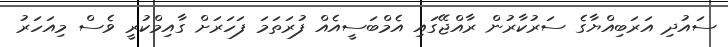
ސައުދި އަރަބިއްޔާގެ ސަރުކާރުން ރާއްޖޭގައި އެމްބަސީއެއް ފުރަތަމަ ފަހަރަށް ގާއިމްކުރީ ވެސް މިއަހަރު